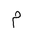
Letter: _mim